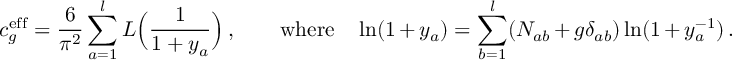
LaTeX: c _ { g } ^ { \mathrm { e f f } } = \frac { 6 } { \pi ^ { 2 } } \sum _ { a = 1 } ^ { l } L \Bigl ( \frac { 1 } { 1 + y _ { a } } \Bigr ) \, , \qquad \mathrm { w h e r e } \quad \ln ( 1 + y _ { a } ) = \sum _ { b = 1 } ^ { l } ( N _ { a b } + g \delta _ { a b } ) \ln ( 1 + y _ { a } ^ { - 1 } ) \, .